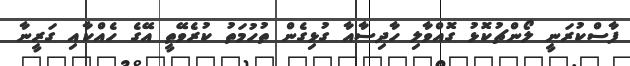
ފާސްކުރަނީ ލޯންްޗުކޮޅު ގޮއްވާލި ހާދިސާއާ ގުޅިގެން ތުހުމަތު ކުރެވޭތީ އޭގެ ހެއްކާއި ގަރީނާ